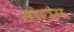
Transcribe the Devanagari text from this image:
सौरांग